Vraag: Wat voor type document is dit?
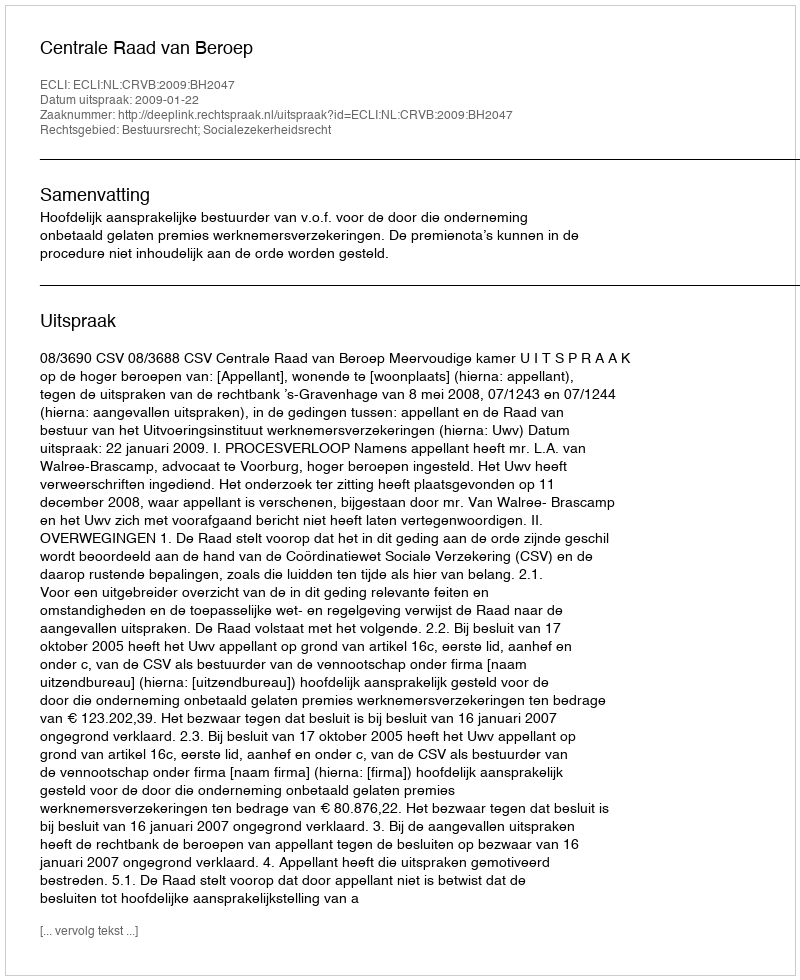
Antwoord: Uitspraak